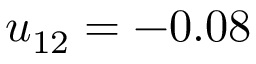
u _ { 1 2 } = - 0 . 0 8